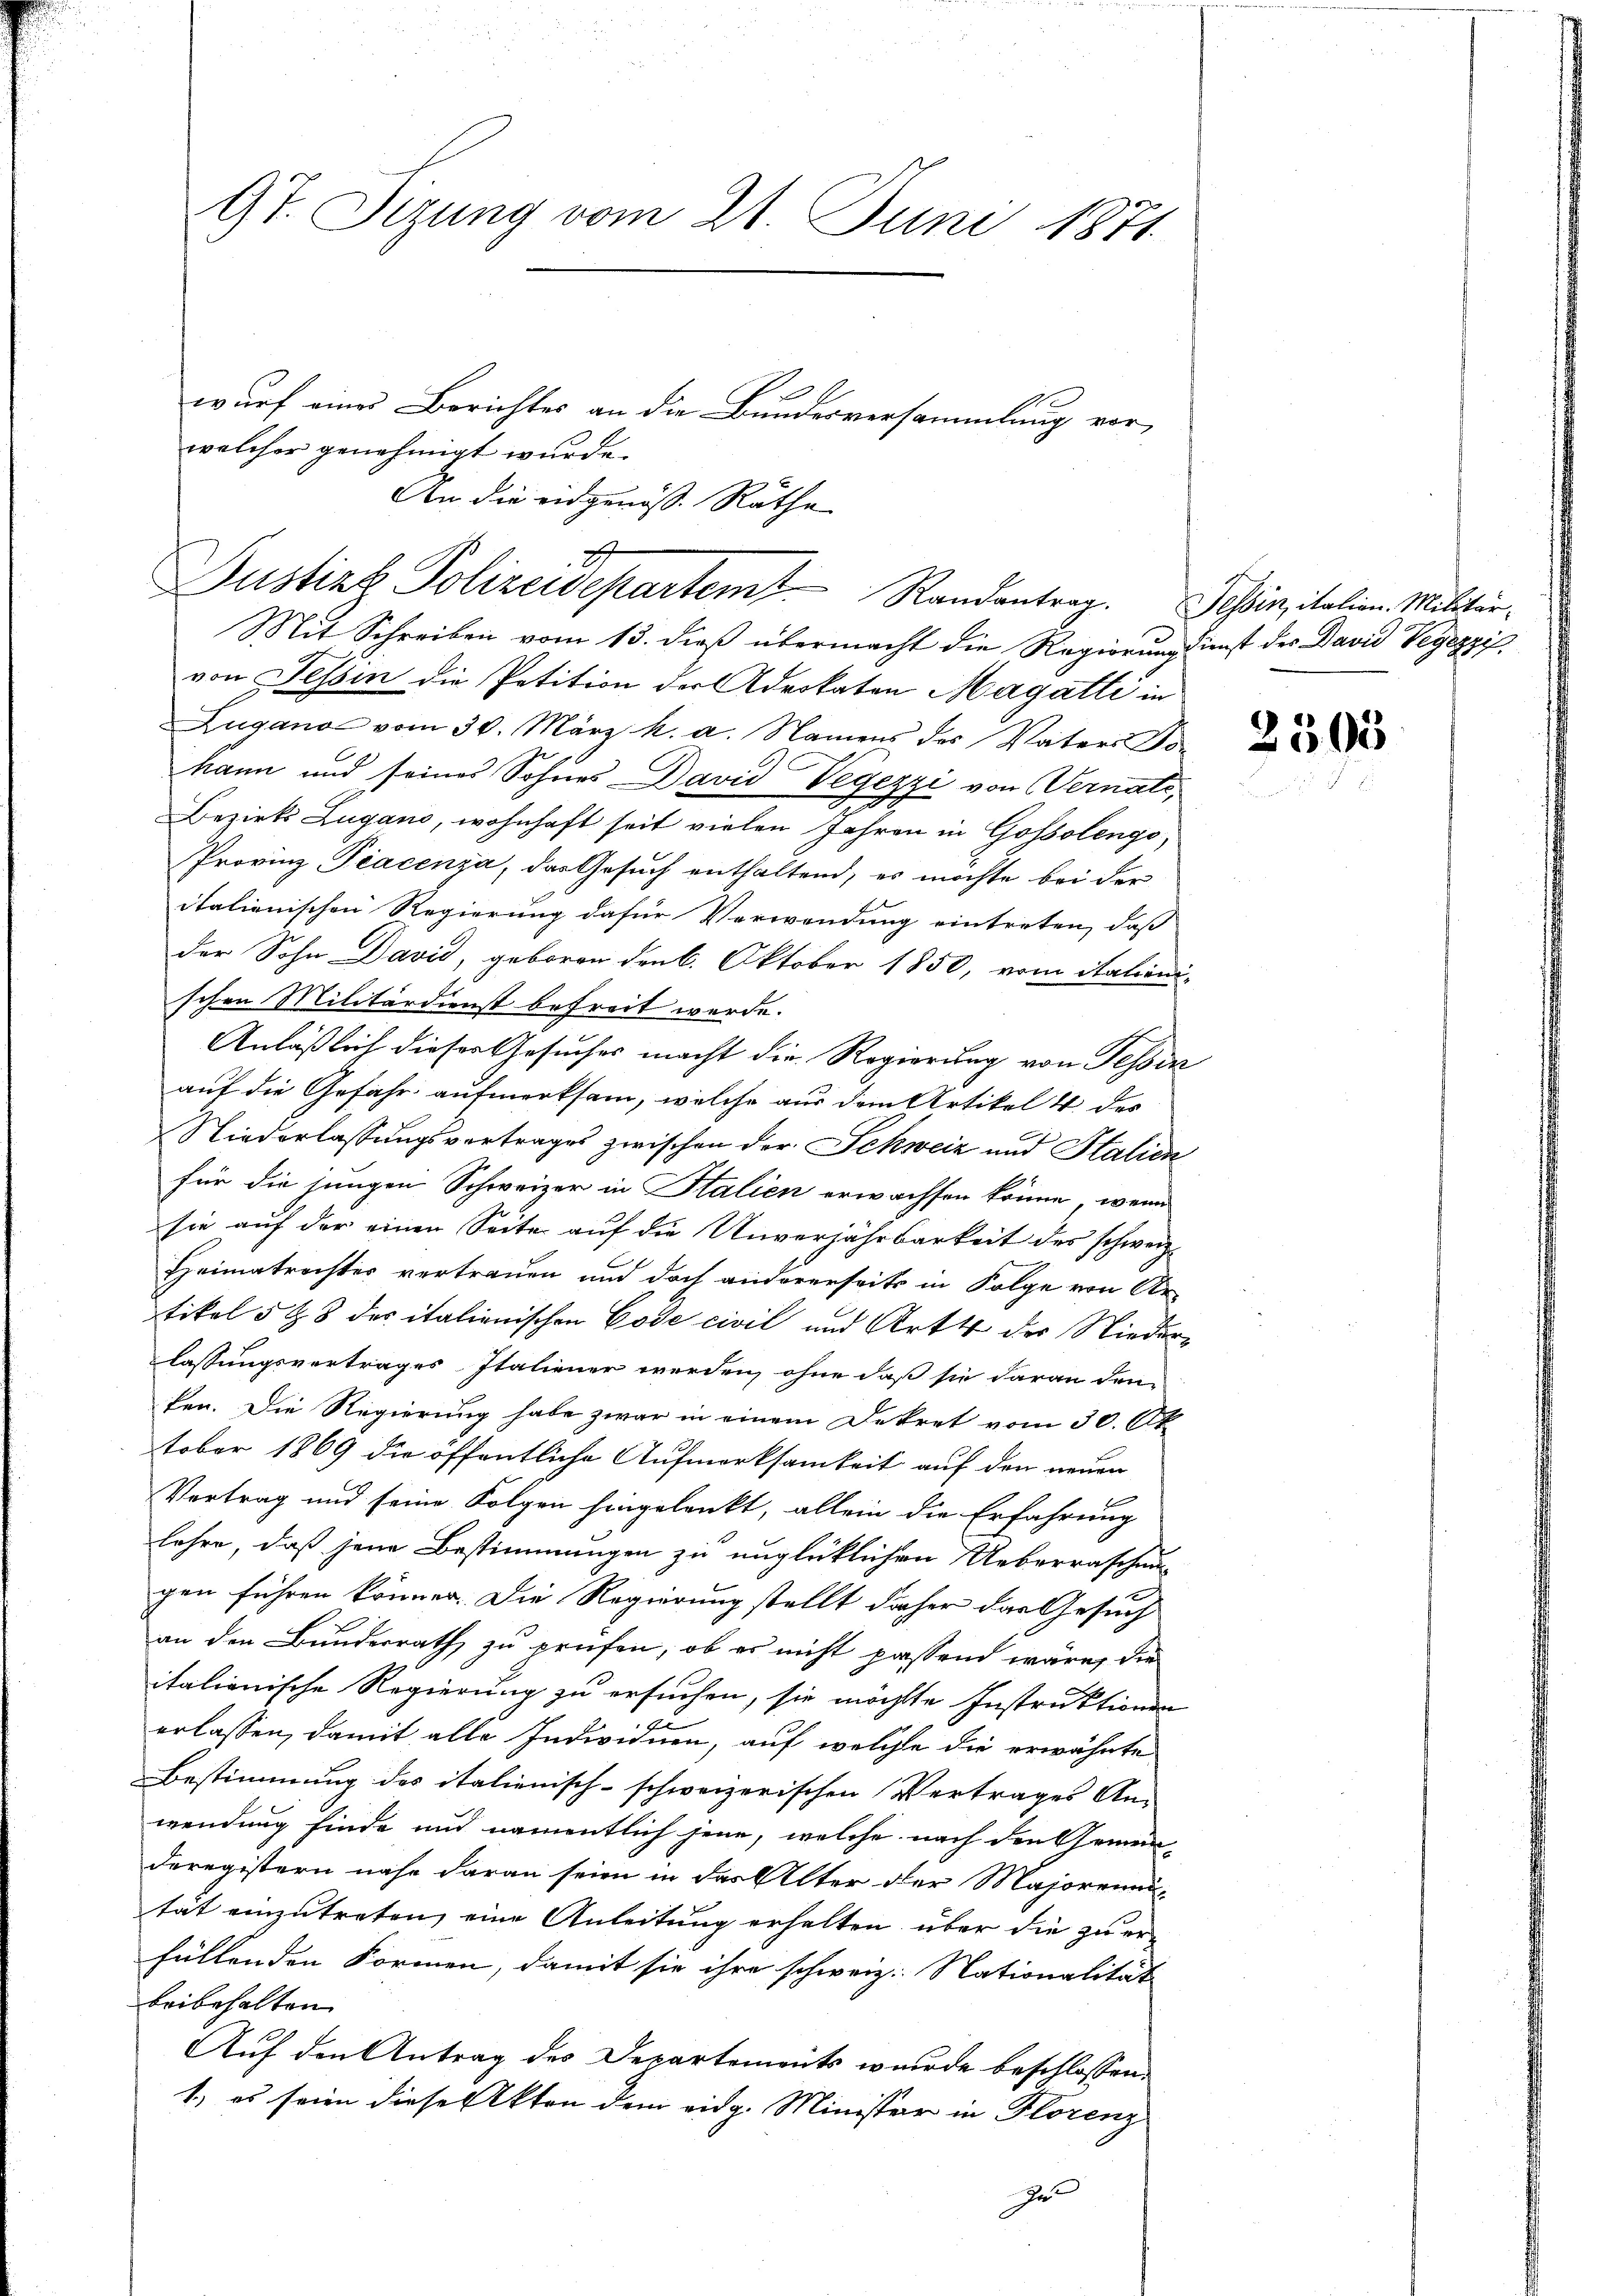
9t. Sizung vom 21. Juni 1871
wurf eines Berichtes an die Bundesversammlung vor,
welcher genehmigt wurde.
An die eidgenoss. Räthe

Mit Schreiben vom 13. dieß übermacht die Regierung dienst des David Vegezzifvon Tessin die Petition der Advokaten Magatti in
Zugano vom 30. März h. a. Namens des Vaters Jokann und seines Sohnes David Vegezzi von Vernati,
Bezirks Zugano, wohnhaft seit vielen Jahren in Gossolengo,
Provinz Piacenza, das Gesuch enthaltend, es möchte bei der
italienischen Regierung dafür Verwendung eintreten, daß
der Sohn David, geboren den 6. Oktober 1850, vom italienischen Militärdienst befreit werde.
Anläßlich dieser Gesuches macht die Regierung von Tessin
auf die Gefahr aufmerksam, welche aus dem Artikel 4 des
Niederlassungsvertrages zwischen der Schweiz und Stalien
für die jungen Schweizer in Italien erwachsen könne, wenn
sie auf der einen Seite auf die Unverjährbarkeit des schweiz.
Heimatrechter vertrauen und doch andererseits in Folge von Ar-
tikel 5 ½ 8 des italienischen Code civil und Art der Niederlassungsvertrages Italiener werden, ohne daß sie daran den
fen. Die Regierung habe zwar in einem Dekret vom 30. Ok
tober 1869 die öffentliche Aufmerksamkeit auf den neuen
Vertrag und seine Folgen hingelenkt, allein die Erfahrung
lehre, daß jene Bestimmungen zu unglücklichen Ueberraschung
x
gen führen können. Die Regierung stellt daher das Gesuch
an den Bunderrath zu prüfen, ob es nicht passend wäre, die
italionische Regierung zu ersuchen, sie möchte Instruktionen
erlassen, damit alle Individuen, auf welche die erwähnte
Bestimmung des italienisch-schweizerischen Vertrages An-
wendung finde und namentlich jene, welche nach den Gemein-
Deregistern nahe daran seien in das Alter der Majoreneu-
tät einzutreten, eine Anleitung erhalten über die zu er-
füllenden Formen, damit sie ihre schweiz. Nationalität
beibehalten.
Auf den Antrag des Departements wurde beschlossen:
1.) es sein diese Akten dem eidg. Minister in Florenz
Je

2
Justiz Polizeidepartem Randantrag. Tessin, italien. Militär¬

2505